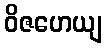
ဝိဇဟေယျ